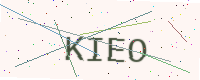
Text: KIEO